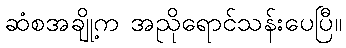
ဆံစအချို့က အညိုရောင်သန်းပေပြီ။